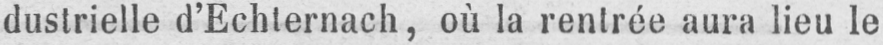
dustrielle d’Echternach, où la rentrée aura lieu le